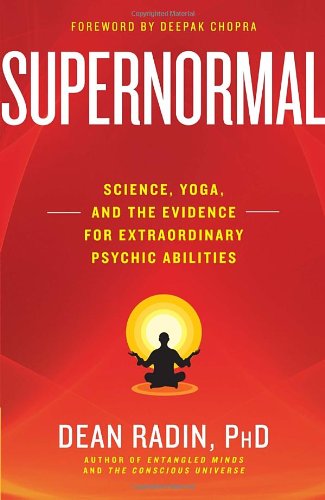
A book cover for Supernormal: Science, Yoga, and the Evidence for Extraordinary Psychic Abilities; Dean Radin; Religion & Spirituality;